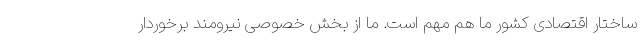
ساختار اقتصادی کشور ما هم مهم است. ما از بخش خصوصی نیرومند برخوردار